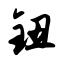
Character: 钮